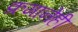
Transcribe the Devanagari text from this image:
क्रमानेही